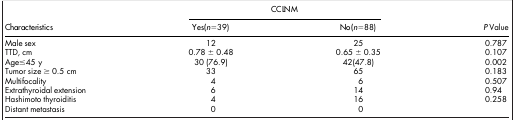
<table><thead><tr><td rowspan="2"><b>Characteristics</b></td><td colspan="2"><b>CCLNM</b></td><td rowspan="2"><b><i>P</i> Value</b></td></tr><tr><td><b>Yes(<i>n</i> = 39)</b></td><td><b>No(<i>n</i> = 88)</b></td></tr></thead><tbody><tr><td>Male sex</td><td>12</td><td>25</td><td>0.787</td></tr><tr><td>TTD, cm</td><td>0.78 ± 0.48</td><td>0.65 ± 0.35</td><td>0.107</td></tr><tr><td>Age≤45 y</td><td>30 (76.9)</td><td>42(47.8)</td><td>0.002</td></tr><tr><td>Tumor size ≥ 0.5 cm</td><td>33</td><td>65</td><td>0.183</td></tr><tr><td>Multifocality</td><td>4</td><td>6</td><td>0.507</td></tr><tr><td>Extrathyroidal extension</td><td>6</td><td>14</td><td>0.94</td></tr><tr><td>Hashimoto thyroiditis</td><td>4</td><td>16</td><td>0.258</td></tr><tr><td>Distant metastasis</td><td>0</td><td>0</td><td> </td></tr></tbody></table>